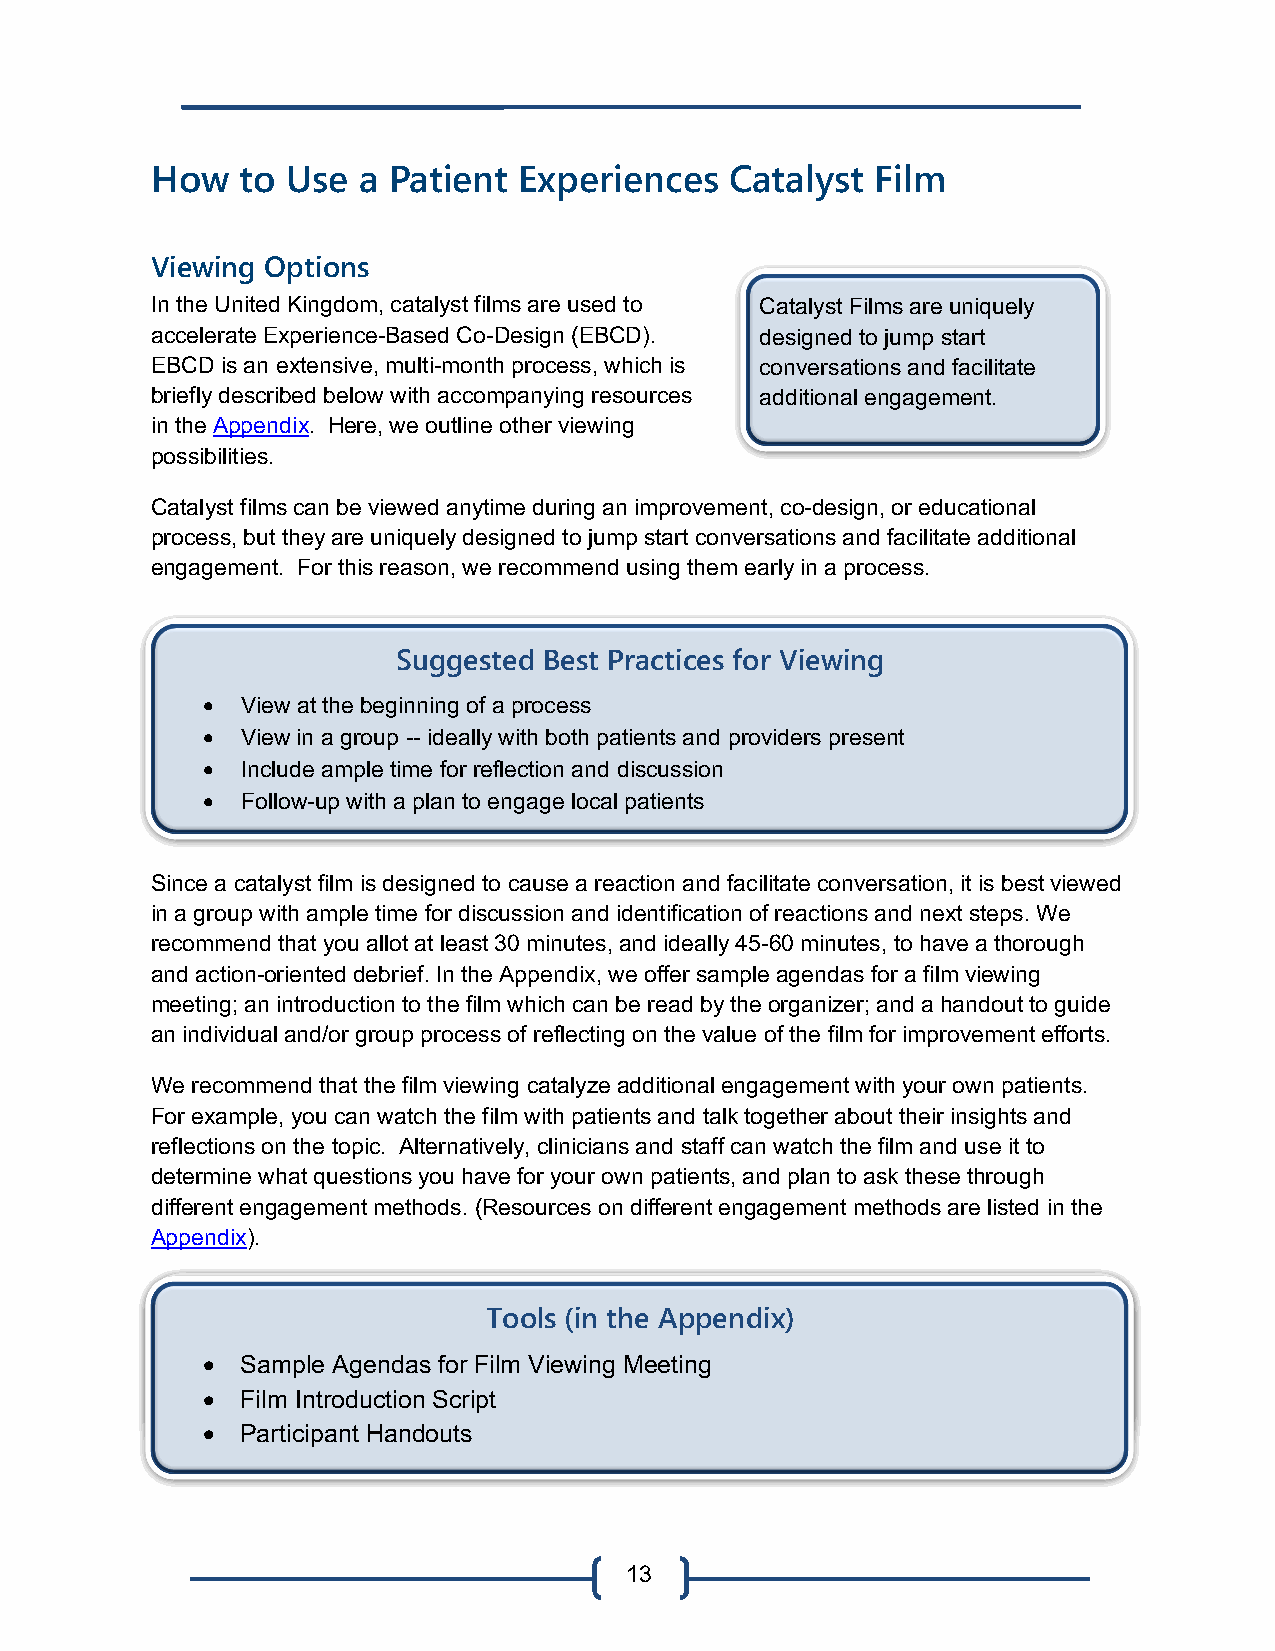
How   to Use  a Patient Experiences   Catalyst  Film
 Viewing Options
 In the United Kingdom, catalyst films are used to Catalyst Films are uniquely
 accelerate Experience-Based Co-Design (EBCD). designed to jump start
 EBCD is an extensive, multi-month process, which is conversations and facilitate
 briefly described below with accompanying resources additional engagement.
 in the Appendix. Here, we outline other viewing
 possibilities.
 Catalyst films can be viewed anytime during an improvement, co-design, or educational
 process, but they are uniquely designed to jump start conversations and facilitate additional
 engagement. For this reason, we recommend using them early in a process.
 Suggested Best Practices for Viewing
 •  View at the beginning of a process
 •  View in a group -- ideally with both patients and providers present
 •  Include ample time for reflection and discussion
 •  Follow-up with a plan to engage local patients
 Since a catalyst film is designed to cause a reaction and facilitate conversation, it is best viewed
 in a group with ample time for discussion and identification of reactions and next steps. We
 recommend that you allot at least 30 minutes, and ideally 45-60 minutes, to have a thorough
 and action-oriented debrief. In the Appendix, we offer sample agendas for a film viewing
 meeting; an introduction to the film which can be read by the organizer; and a handout to guide
 an individual and/or group process of reflecting on the value of the film for improvement efforts.
 We recommend that the film viewing catalyze additional engagement with your own patients.
 For example, you can watch the film with patients and talk together about their insights and
 reflections on the topic. Alternatively, clinicians and staff can watch the film and use it to
 determine what questions you have for your own patients, and plan to ask these through
 different engagement methods. (Resources on different engagement methods are listed in the
 Appendix).
 The hope is that “listening Ttoo poaltsie n(itns’ ethxpee rAiepncpeesn wdilli xh)e lp you reflect on your own
 memories and spark some ideas for what could be done differently” in your clinic or health
 •  Sample Agendas for Film Viewing Meeting
 facility. - Healthtalk.org
 •  Film Introduction Script
 •  Participant Handouts
 13